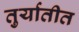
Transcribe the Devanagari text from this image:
तुर्यातीत